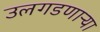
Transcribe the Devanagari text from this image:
उलगडणाऱ्या